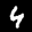
Label: 4